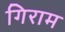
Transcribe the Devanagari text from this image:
गिराम